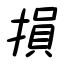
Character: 損